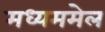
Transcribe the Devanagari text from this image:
मध्यममेल